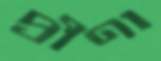
প্রীণা